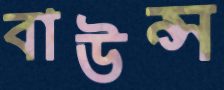
বাউন্স